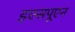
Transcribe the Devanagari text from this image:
इएसपूएन